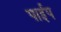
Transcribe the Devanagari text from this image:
पार्इप